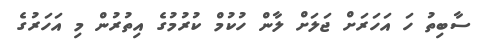
ސާބިތު ހަ އަހަރަށް ޖަލަށް ލާން ހުކުމް ކުރުމުގެ އިތުރުން މި އަހަރުގެ